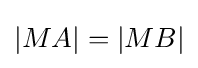
|MA|=|MB|